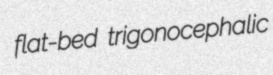
flat-bed trigonocephalic